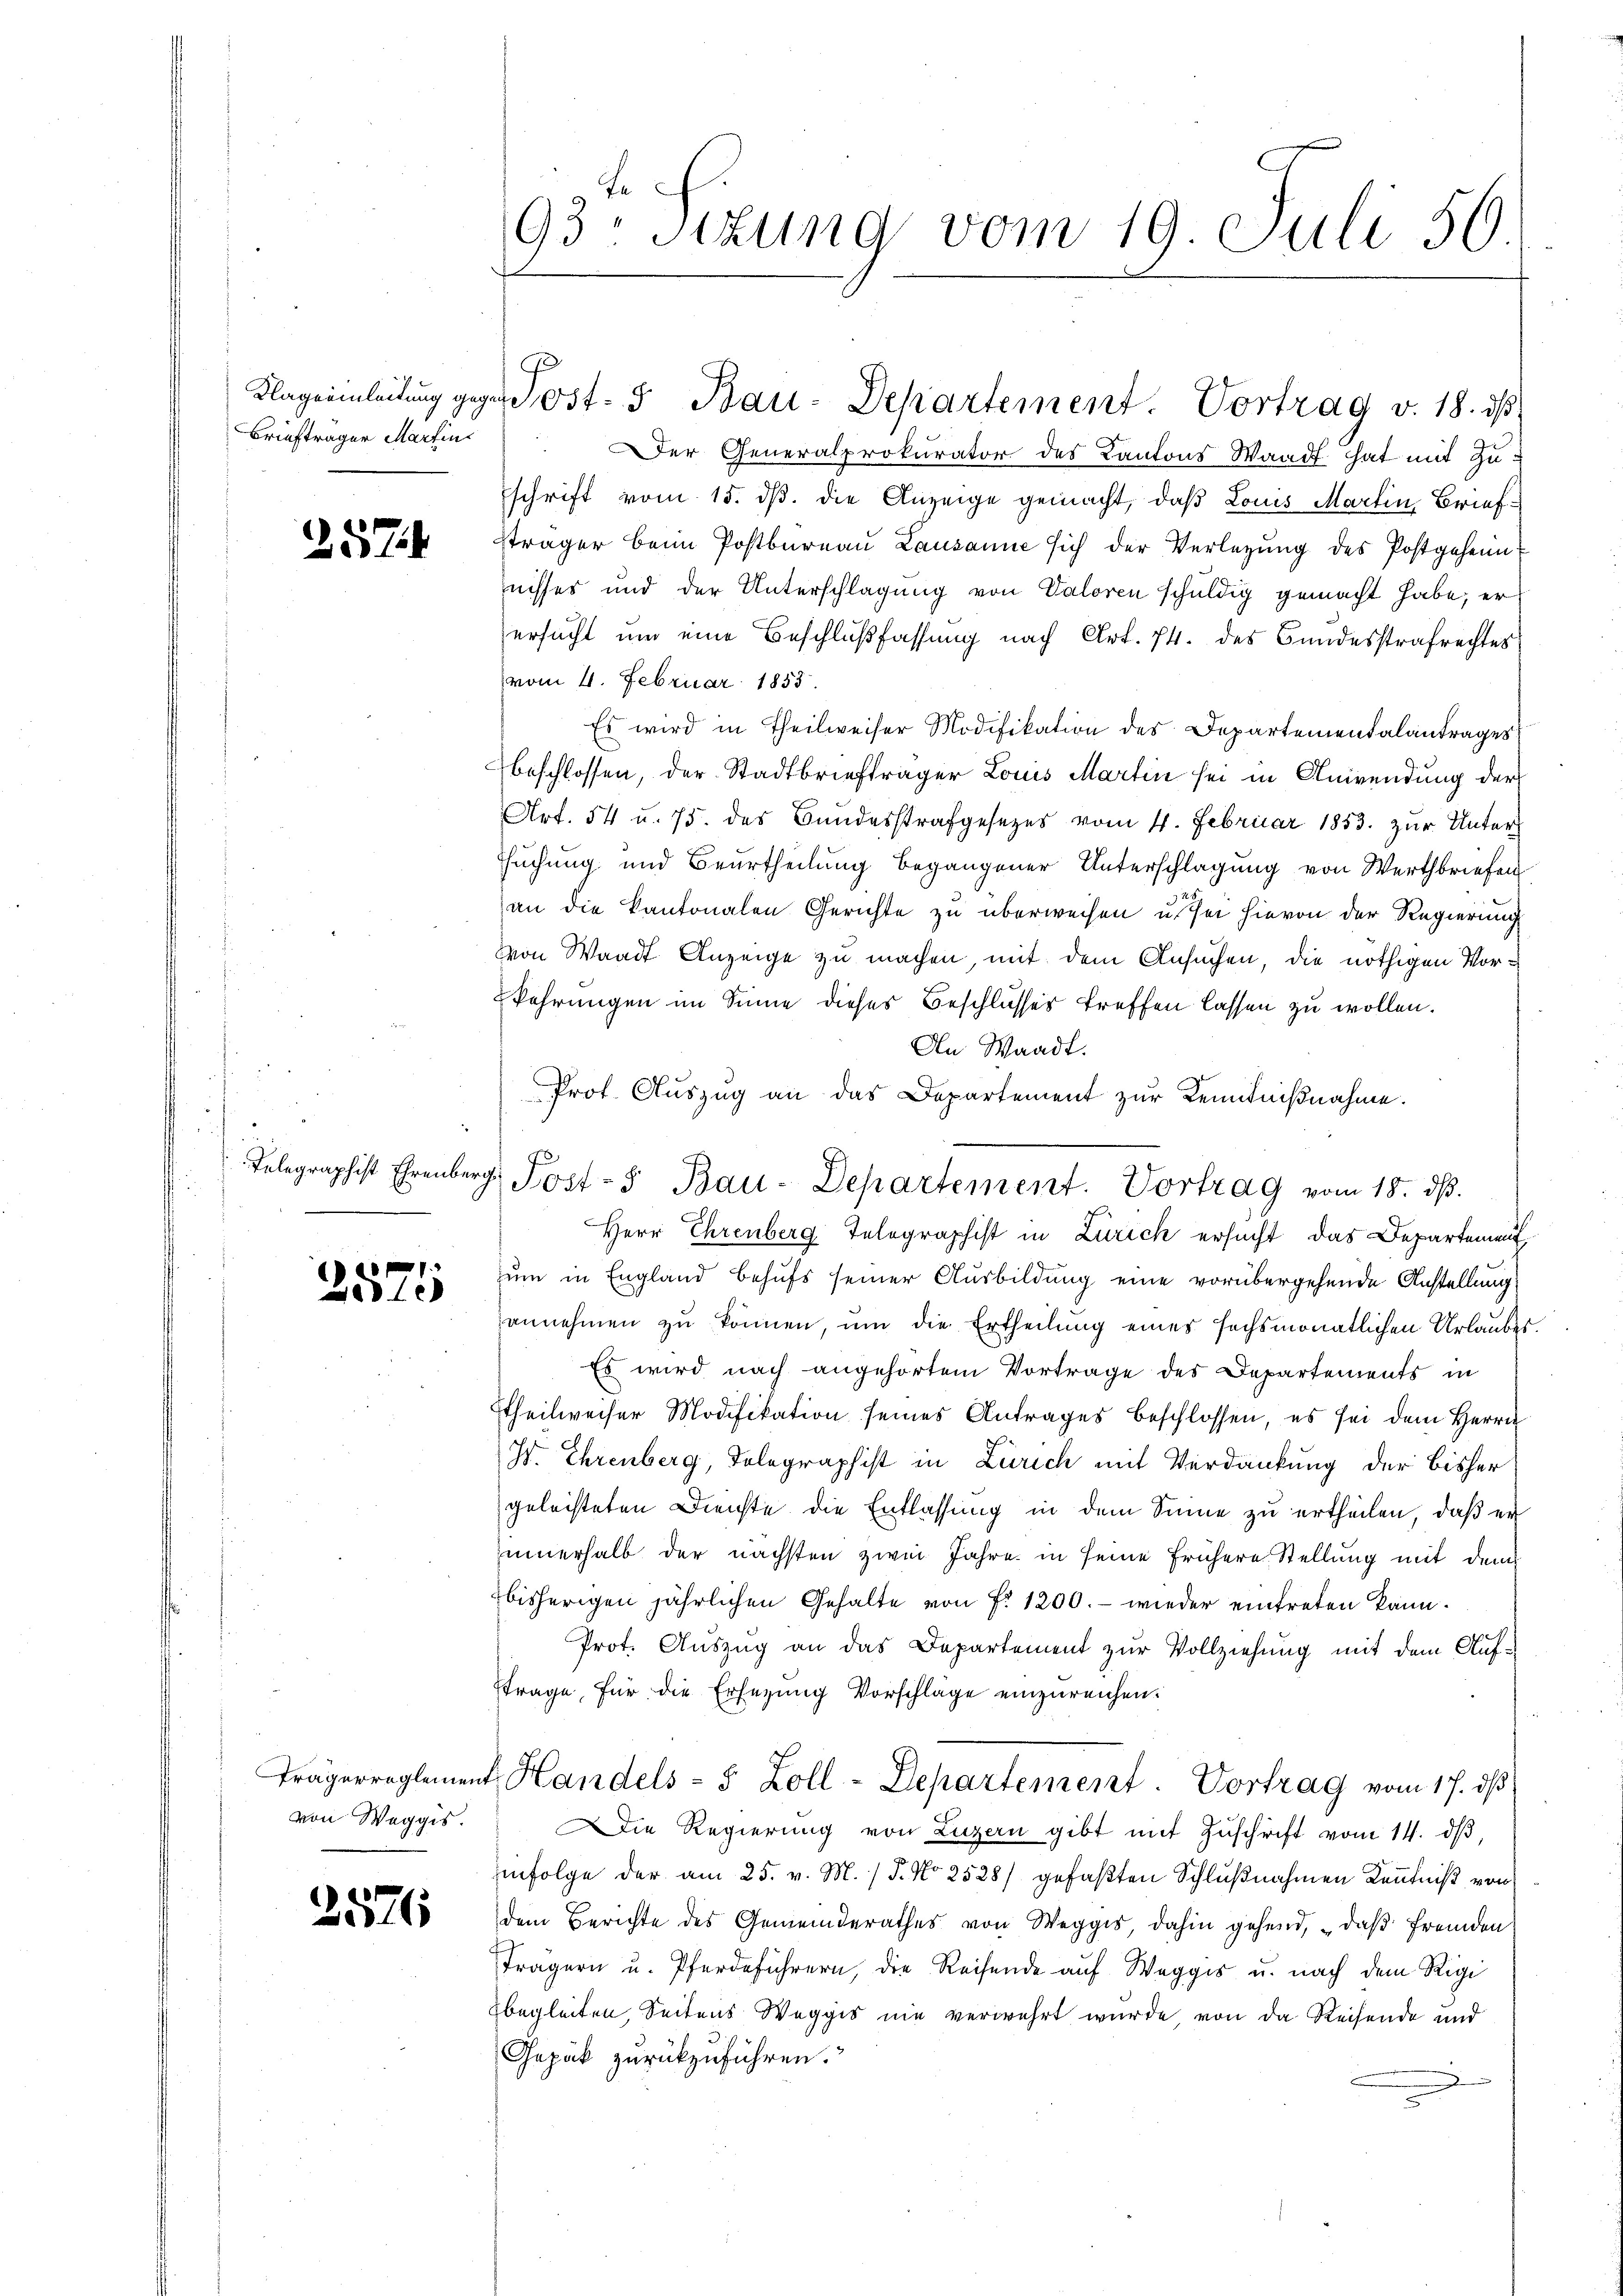
Briefträger Martin

2574

.
01

von Weggis.

2576

93. Sitzung vom 19. Juli 56

er Generalprokurator des Kantons Waadt hat mit Zu¬
Eschrift vom 15. dß. die Anzeige gemacht, daß Louis Martin, Briefsträger beim Postbüreaŭ Lausanne sich der Verlegŭng des Postgeheim
ruchtes und der Unterschlagung von Valoren schuldig gemacht habe, er
ersucht um eine Beschlußfassung nach Art. 74. des Bundesstrafrechtes
vom 4. Februar 1853.
Es wird in Theilweiser Modifikation des Departemendalantrages
beschlossen, der Stadtbriefträger Louis Martin sei in Anwendung der
Art. 54 u. 75. des Bundesstrafgesezes vom 4. Februar 1853. zur Unterssuchung und Beurtheilung begangener Unterschlagung von Werthbriefen
an die Kantonalen Gerichte zu überweisen u. sei hievon der Regierung
von Waadt Anzeige zu machen, mit dem Ansuchen, die nöthigen Vorkehrungen im Sinne dieses Beschlusses treffen lassen zu wollen.
An Waadt.
Herr Ehrenberg Telographist in Zürich ersucht, das Departement
zum in England behufs seiner Ausbildung eine vorübergehende Anstellung
annehmen zu können, um die Ertheilung eines sechsmonatlichen Urlaubes
Es wird nach angehörtem Vortrage des Departements in
Theilweiser Modifikation seines Antrages beschlossen, es sei dem Herrn
Is. Ehrenberg, Telegraphist in Zürich mit Verdankung der bisher
geleisteten Dienste die Entlassung in dem Sinne zu ertheilen, daß er
zinnerhalb der nächsten zwei Jahre in seine frühere Stellung mit dem
bisherigen jährlichen Gehalte von f. 1200.- wieder eintreten kann.
Prot. Auszug an das Departement zur Vollziehung mit dem Auftrage, für die Ersezung Vorschläge einzureichen.
trägerreglement Handels- 5 Zoll-Departement. Vortrag vom 17. dβ.
ie Regierŭng von Luzern gibt mit Zŭschrift vom 14. dβ,
infolge der am 25. v. M. / 5. No 2528) gefaβten Schlußnahmen Kenntniß von
dem Berichte des Gemeinderathes von Weggis, dahin gehend, daß fremden
Trägern u. Pferdeführern, die Reisende auf Weggis u. nach dem Rigi
begleiten, Seitens Weggis nie verwehrt wurde, von da Reisende und
Gepäck zurückzuführen.
n

Klagerinleitung gegen Post- 5. Bau-Departement. Vortrag v. 18. ds.

Prot. Auszug an das Departement zur Kenntnißnahme.
Telegraphist Ehrenberg Post- u Bau-Departement. Vortrag vom 18. dβ.